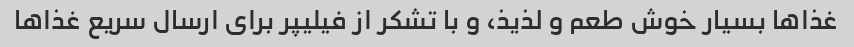
غذاها بسیار خوش طعم و لذیذ، و با تشکر از فیلیپر برای ارسال سریع غذاها